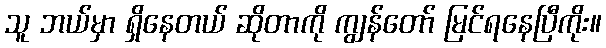
သူ ဘယ်မှာ ရှိနေတယ် ဆိုတာကို ကျွန်တော် မြင်ရနေပြီကိုး။